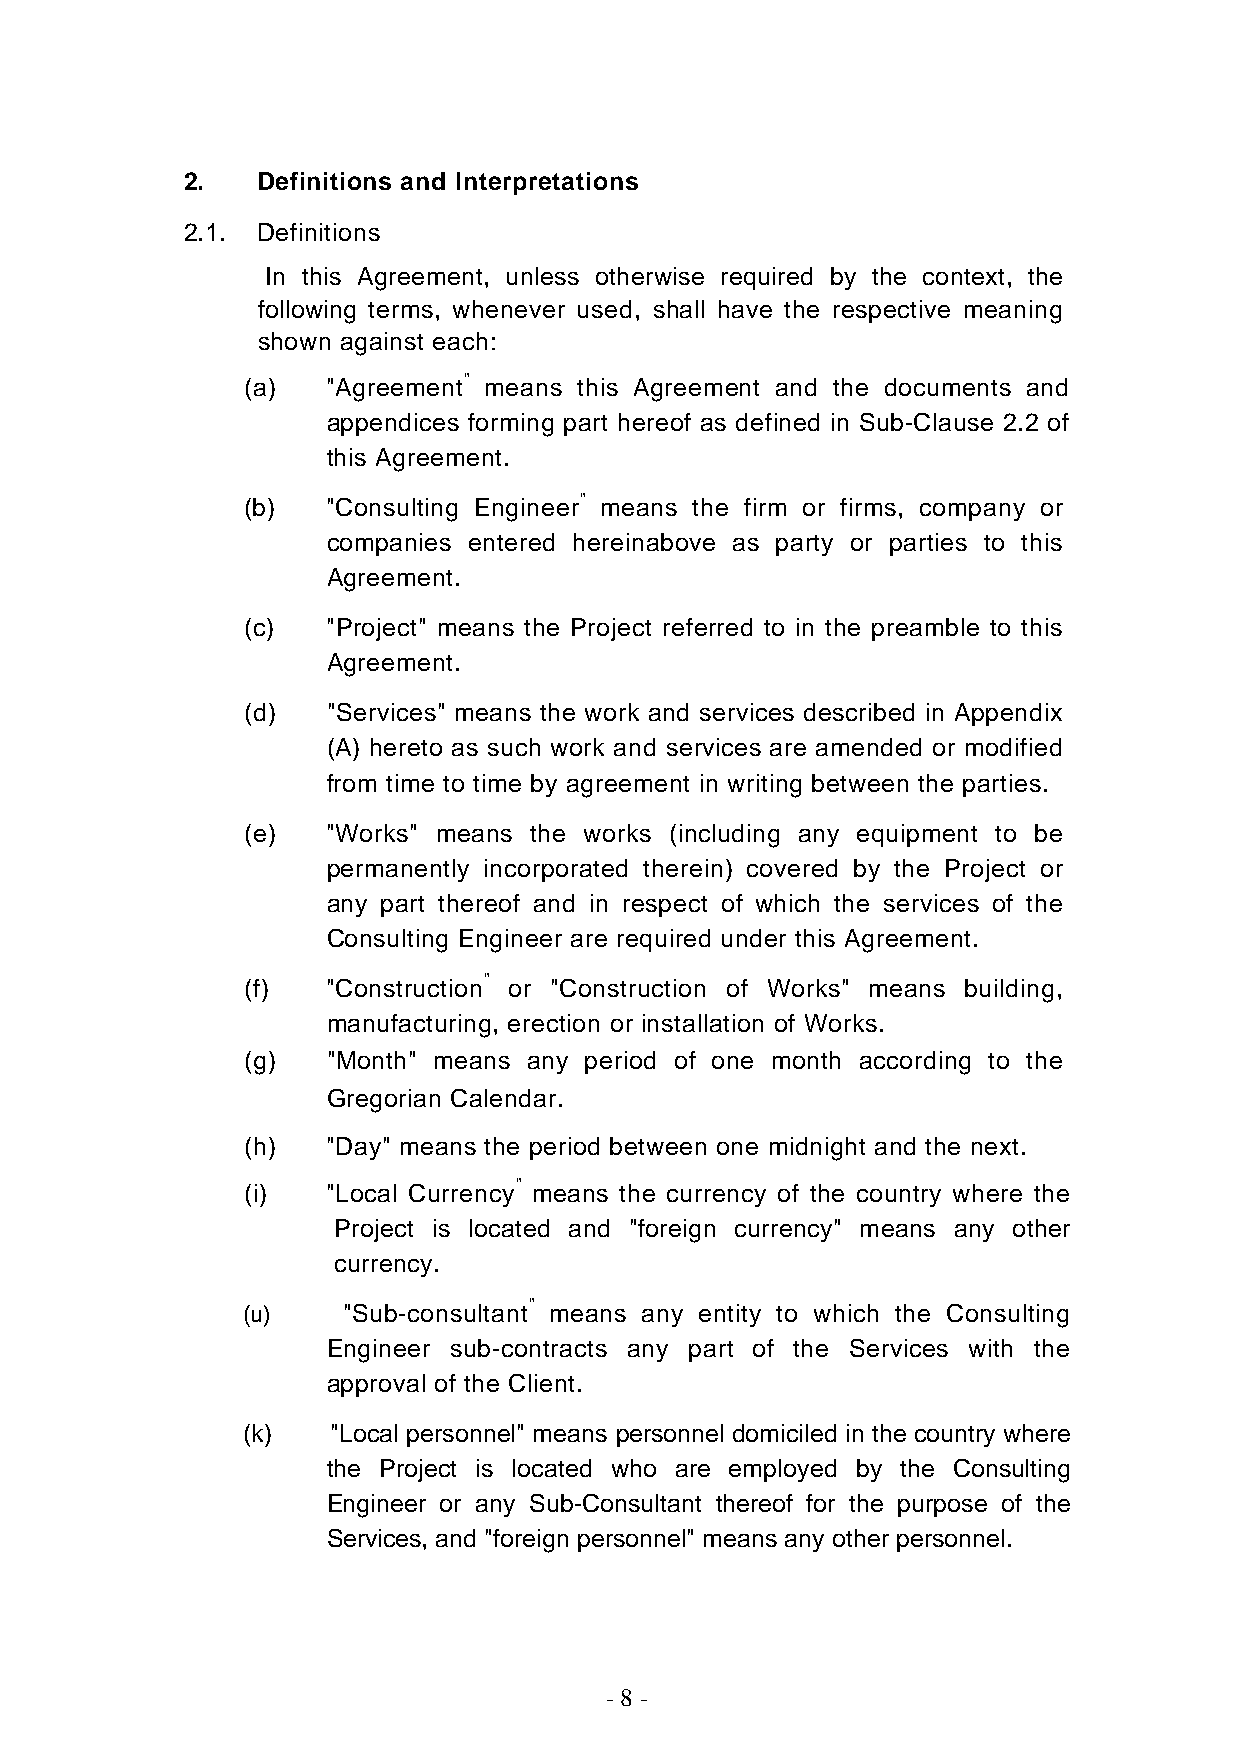
2.   Definitions and Interpretations
 2.1. Definitions
 In this Agreement, unless otherwise required by the context, the
 following terms, whenever used, shall have the respective meaning
 shown against each:
 (a)   "Agreement" means this Agreement and the documents and
 appendices forming part hereof as defined in Sub-Clause 2.2 of
 this Agreement.
 (b)   "Consulting Engineer" means the firm or firms, company or
 companies entered hereinabove as party or parties to this
 Agreement.
 (c)   "Project" means the Project referred to in the preamble to this
 Agreement.
 (d)   "Services" means the work and services described in Appendix
 (A) hereto as such work and services are amended or modified
 from time to time by agreement in writing between the parties.
 (e)   "Works" means the works (including any equipment to be
 permanently incorporated therein) covered by the Project or
 any part thereof and in respect of which the services of the
 Consulting Engineer are required under this Agreement.
 (f)   "Construction" or "Construction of Works" means building,
 manufacturing, erection or installation of Works.
 (g)   "Month" means any period of one month according to the
 Gregorian Calendar.
 (h)   "Day" means the period between one midnight and the next.
 (i)   "Local Currency" means the currency of the country where the
 Project is located and "foreign currency" means any other
 currency.
 (u)    "Sub-consultant" means any entity to which the Consulting
 Engineer sub-contracts any part of the Services with the
 approval of the Client.
 (k)   "Local personnel" means personnel domiciled in the country where
 the Project is located who are employed by the Consulting
 Engineer or any Sub-Consultant thereof for the purpose of the
 Services, and "foreign personnel" means any other personnel.
 - 8 -